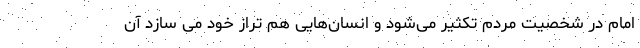
امام در شخصیت مردم تکثیر می‌شود و انسان‌هایی هم تراز خود می سازد آن